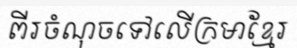
ពីរចំណុចទៅលើក្រមាខ្មែរ